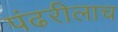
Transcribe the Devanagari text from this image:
पंढरीलाच